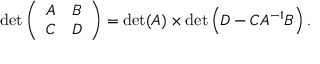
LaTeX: \operatorname* { d e t } { \left( \begin{array} { l l } { A } & { B } \\ { C } & { D } \end{array} \right) } = \operatorname* { d e t } ( A ) \times \operatorname* { d e t } \left( D - C A ^ { - 1 } B \right) .